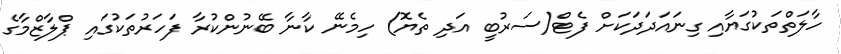
ހާލަތްތަކުގަޔާއި ގިނައަދަދަކަށް ފެޓް(ސަރުބީ އަދި ތެޔޮ) ހިމެނޭ ކާނާ ބޭނުންކުރާ ފަހަރުތަކުގައި ޕްލާޒްމާގެ